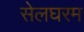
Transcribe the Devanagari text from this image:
सेलघरम